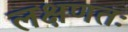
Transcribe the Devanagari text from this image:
लक्षणतः